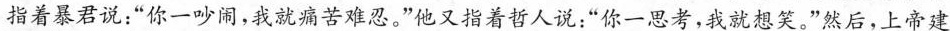
指着暴君说：”你一吵闹，我就痛苦难忍。”他又指着哲人说：”你一思考，我就想笑。”然后，上帝建